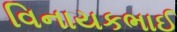
વિનાયકભાઈ